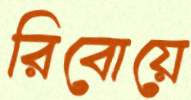
রিবোয়ে